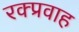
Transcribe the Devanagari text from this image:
रक्प्रवाह